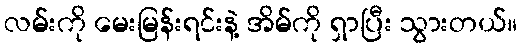
လမ်းကို မေးမြန်းရင်းနဲ့ အိမ်ကို ရှာပြီး သွားတယ်။